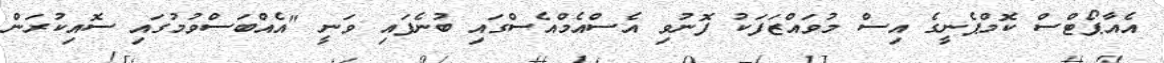
އެއާޕޯޓްސް ކޮމްޕެނީގެ އިސް މުވައްޒަފަކު ފޮނުވި އެސްއެމްއެސްގައި ބުނެފައި ވަނީ "އެއްބަސްވުމުގައި ސޮއިކުރަން